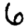
Digit: 6